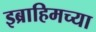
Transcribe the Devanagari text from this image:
इब्राहिमच्या